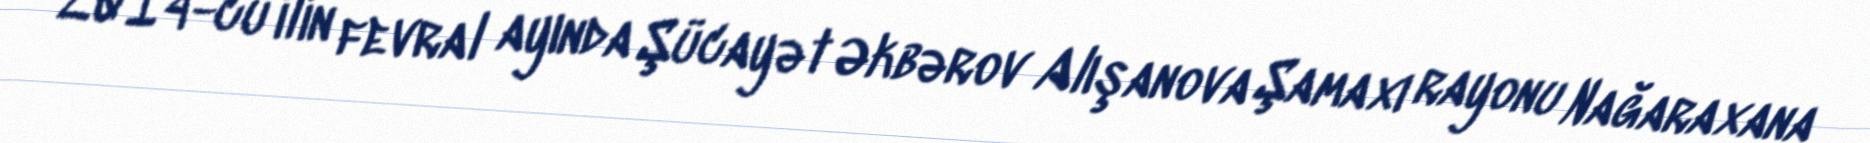
2014-cü ilin fevral ayında Şücayət Əkbərov Alışanova Şamaxı rayonu Nağaraxana